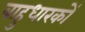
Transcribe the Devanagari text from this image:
बाहुधारकों